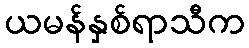
ယမန်နှစ်ရာသီက